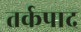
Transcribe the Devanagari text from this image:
तर्कपाद